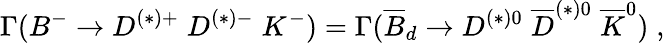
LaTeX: \Gamma(B^{-}\rightarrow D^{(*)+}\; D^{(*)-}\; K^{-})=\Gamma(\overline{{B}}_{d}\rightarrow D^{(*)0}\; \overline{{D}}^{(*)0}\; \overline{{K}}^{0})\; ,